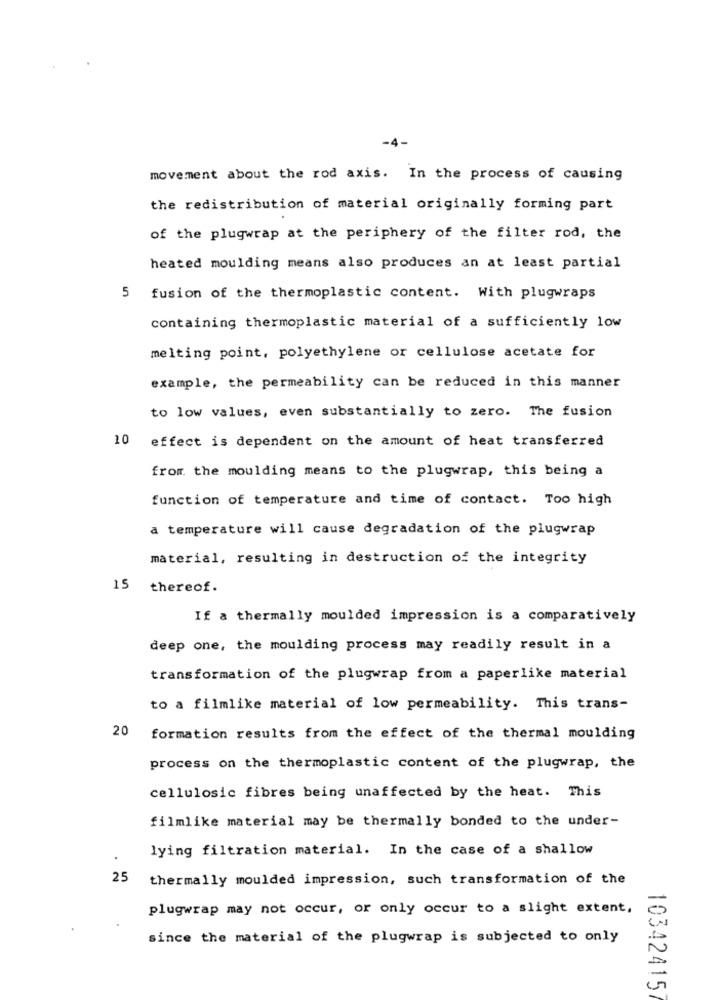
4-
movement about the rod axis. In the process of causing
the redistribution of material originally forming part
of the plugwrap at the periphery of the filter rod, the
heated moulding means also produces an at least partial
5 fusion of the thermoplastic content. With plugwraps
containing thermoplastic material of a sufficiently low
melting point, polyethylene or cellulose acetate for
example, the permeability can be reduced in this manner
to low values, even substantially to zero. The fusion
10
effect is dependent on the amount of heat transferred
from the moulding means to the plugwrap, this being a
function of temperature and time of contact. Too high
a temperature will cause degradation of the plugwrap
material, resulting in destruction of the integrity
15 thereof.
If a thermally moulded impression is a comparatively
deep one, the moulding process may readily result in a
transformation of the plugwrap from a paperlike material
to a filmlike material of low permeability. This trans-
20
formation results from the effect of the thermal moulding
process on the thermoplastic content of the plugwrap, the
cellulosic fibres being unaffected by the heat. This
filmlike material may be thermally bonded to the under-
lying filtration material. In the case of a shallow
25
thermally moulded impression, such transformation of the
plugwrap may not occur, or only occur to a slight extent,
since the material of the plugwrap is subjected to only
103424157